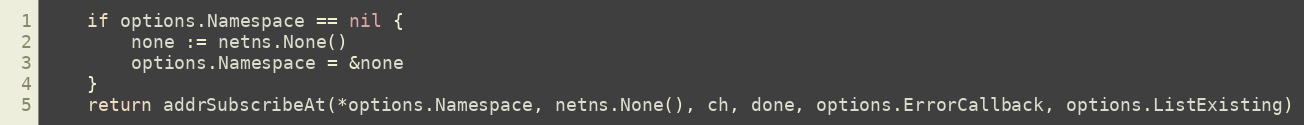
Language: Go
	if options.Namespace == nil {
		none := netns.None()
		options.Namespace = &none
	}
	return addrSubscribeAt(*options.Namespace, netns.None(), ch, done, options.ErrorCallback, options.ListExisting)